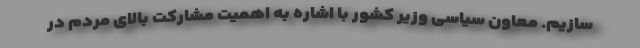
سازیم. معاون سیاسی وزیر کشور با اشاره به اهمیت مشارکت بالای مردم در